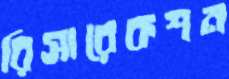
রিসারেকশন